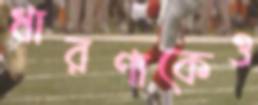
ধারণাকেও